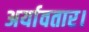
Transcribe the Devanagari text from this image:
अर्यावतार।